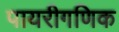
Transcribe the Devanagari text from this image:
पायरीगणिक